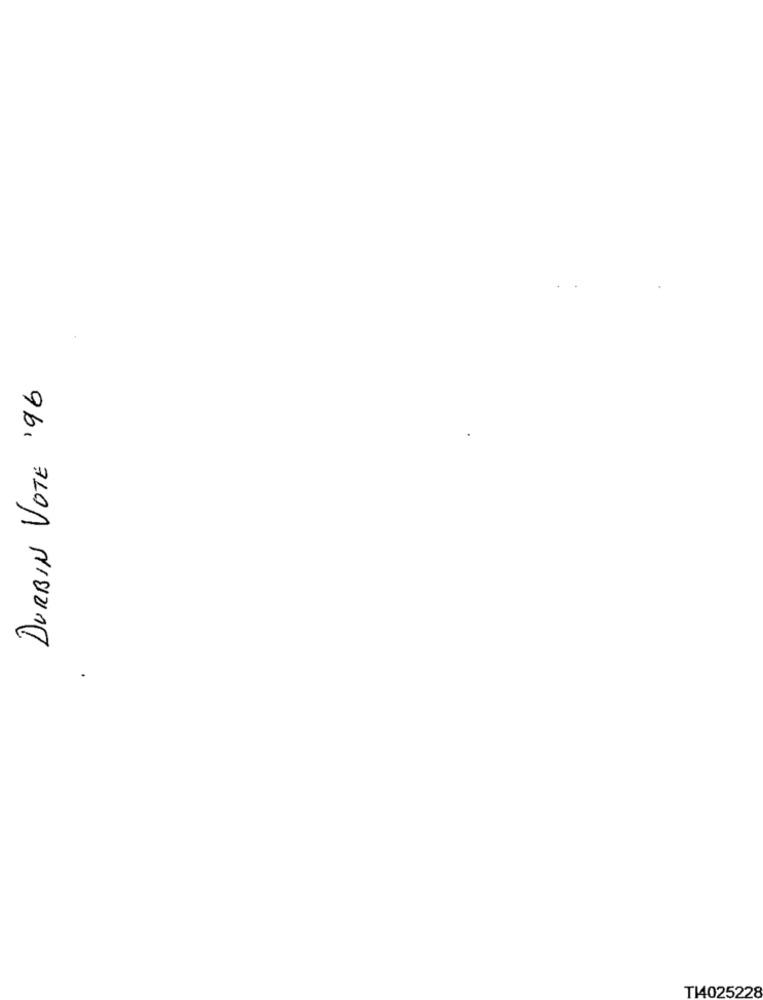
DURBIN VOTE '96
T14025228